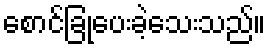
စောင်ခြုံပေးခဲ့သေးသည်။